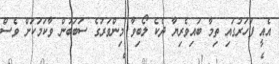
އެއީ ފަހަރުގައި ތިމާ ބައިވެރިޔާ ދެކެ ލޯބިވާ މިންވަރުގެ ސަބަބުން ވާކަމަކަށް ވެސް